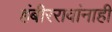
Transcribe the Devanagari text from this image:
हंबीररावांनाही